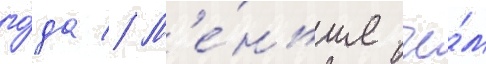
го́да // М'е́ньше че́м